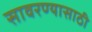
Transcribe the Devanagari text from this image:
सावरण्यासाठी